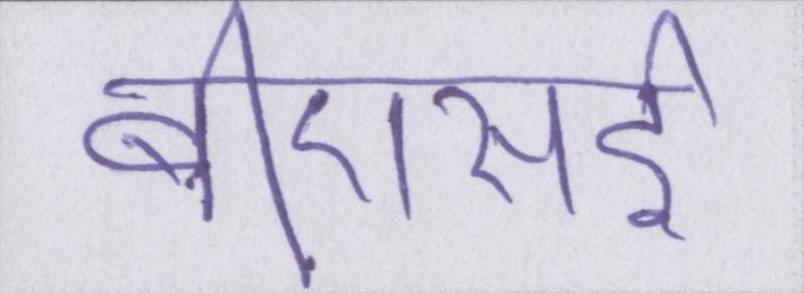
बीएसई